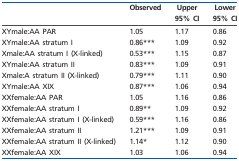
<table><thead><tr><td></td><td><b>Observed</b></td><td><b>Upper 95% CI</b></td><td><b>Lower 95% CI</b></td></tr></thead><tbody><tr><td>XYmale:AA PAR</td><td>1.05</td><td>1.17</td><td>0.86</td></tr><tr><td>XYmale:AA stratum I</td><td>0.86***</td><td>1.09</td><td>0.92</td></tr><tr><td>Xmale:AA stratum I (X-linked)</td><td>0.53***</td><td>1.15</td><td>0.87</td></tr><tr><td>XYmale:AA stratum II</td><td>0.83***</td><td>1.09</td><td>0.91</td></tr><tr><td>Xmale:A stratum II (X-linked)</td><td>0.79***</td><td>1.11</td><td>0.90</td></tr><tr><td>XYmale:AA XIX</td><td>0.87***</td><td>1.06</td><td>0.94</td></tr><tr><td>XXfemale:AA PAR</td><td>1.05</td><td>1.16</td><td>0.86</td></tr><tr><td>XXfemale:AA stratum I</td><td>0.89**</td><td>1.09</td><td>0.92</td></tr><tr><td>XXfemale:AA stratum I (X-linked)</td><td>0.59***</td><td>1.16</td><td>0.86</td></tr><tr><td>XXfemale:AA stratum II</td><td>1.21***</td><td>1.09</td><td>0.91</td></tr><tr><td>XXfemale:AA stratum II (X-linked)</td><td>1.14*</td><td>1.12</td><td>0.90</td></tr><tr><td>XXfemale:AA XIX</td><td>1.03</td><td>1.06</td><td>0.94</td></tr></tbody></table>